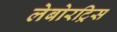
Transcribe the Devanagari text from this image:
लेबोरट्रिस